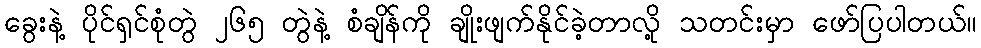
ခွေးနဲ့ ပိုင်ရှင်စုံတွဲ ၂၆၅ တွဲနဲ့ စံချိန်ကို ချိုးဖျက်နိုင်ခဲ့တာလို့ သတင်းမှာ ဖော်ပြပါတယ်။